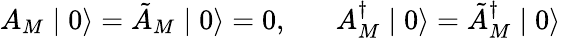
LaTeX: A_{M}\mid 0\rangle=\tilde{A}_{M}\mid 0\rangle=0,\; \; \; \; \; \; A_{M}^{\dagger}\mid 0\rangle=\tilde{A}_{M}^{\dagger}\mid 0\rangle